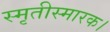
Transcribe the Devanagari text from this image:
स्मृतीस्मारक।